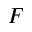
F